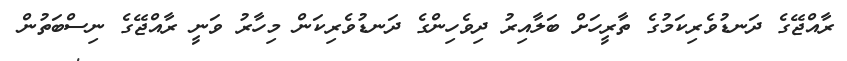
ރާއްޖޭގެ ދަނޑުވެރިކަމުގެ ތާރީހަށް ބަލާއިރު ދިވެހިންގެ ދަނޑުވެރިކަން މިހާރު ވަނީ ރާއްޖޭގެ ނިސްބަތުން